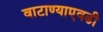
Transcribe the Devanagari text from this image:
वाटाण्याएवढी